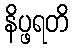
နိပ္ဖရတိ